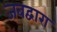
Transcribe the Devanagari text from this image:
जबद्वारा